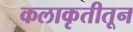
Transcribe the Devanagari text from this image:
कलाकृतीतून